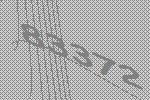
83372